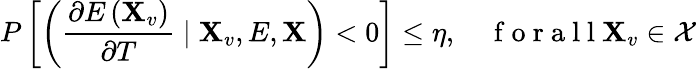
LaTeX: P\left[\left(\frac{\partial E\left(\mathbf{X}_{v}\right)}{\partial T}\mid\mathbf{X}_{v},E,\mathbf{X}\right)<0\right]\leq\eta,\quad\mathrm{~f~o~r~a~l~l~}\mathbf{X}_{v}\in\mathcal{X}